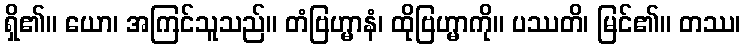
ရှိ၏။ ယော၊ အကြင်သူသည်။ တံဗြဟ္မာနံ၊ ထိုဗြဟ္မာကို။ ပဿတိ၊ မြင်၏။ တဿ၊